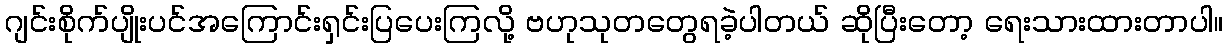
ဂျင်းစိုက်ပျိုးပင်အကြောင်းရှင်းပြပေးကြလို့ ဗဟုသုတတွေရခဲ့ပါတယ် ဆိုပြီးတော့ ရေးသားထားတာပါ။